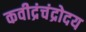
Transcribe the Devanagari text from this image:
कवीद्रंचंद्रोदय